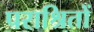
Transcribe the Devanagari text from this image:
पराश्रितों